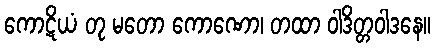
ကောဋိယံ တု မတော ကောဏော၊ တထာ ဝါဒိတ္တဝါဒနေ။